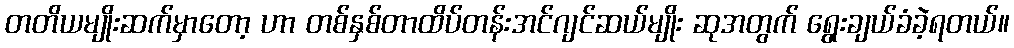
တတိယမျိုးဆက်မှာတော့ ဟာ တစ်နှစ်တာထိပ်တန်းအင်ဂျင်ဆယ်မျိုး ဆုအတွက် ရွေးချယ်ခံခဲ့ရတယ်။